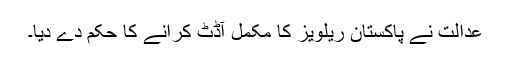
عدالت نے پاکستان ریلویز کا مکمل آڈٹ کرانے کا حکم دے دیا۔